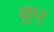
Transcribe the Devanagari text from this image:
क्रूर्